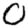
Digit: 0